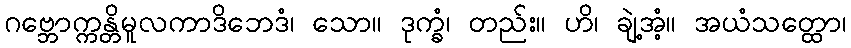
ဂဗ္ဘောက္ကန္တိမူလကာဒိဘေဒံ၊ သော။ ဒုက္ခံ၊ တည်း။ ဟိ၊ ချဲ့အံ့။ အယံသတ္ထော၊